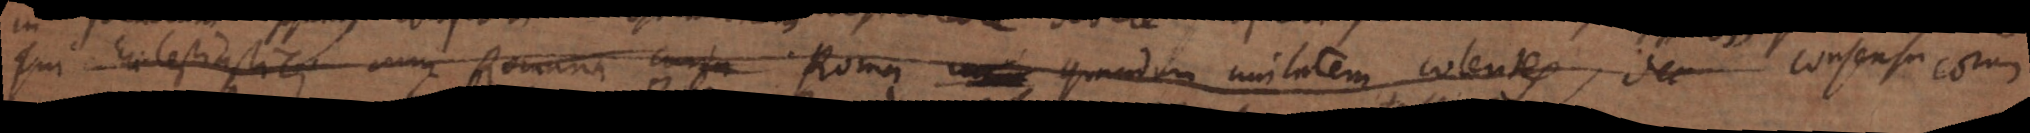
qui Ecclesiastici cum Romana curia Roma quandam unitatem colentes, dec consensu eorum